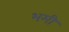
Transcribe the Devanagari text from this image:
भमी